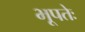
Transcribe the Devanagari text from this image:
भूपतेः